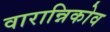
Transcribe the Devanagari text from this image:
वारान्निकोव